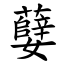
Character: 㜸